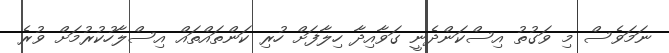
ނަމަވެސް މި ވަގުތު އިސްކަންދެނީ ގަވާއިދާ ހިލާފަށް ހުރި ކަންތައްތައް އިސްލާހުކުރުމަށް ވުރެ